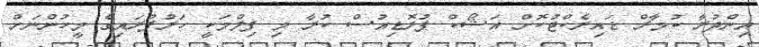
އިންދުރާ ކުމާރް ޑައިރެކްޓުކޮށް އަޝޯކް ޕުރޮޑިއުސް ކުރާ މި ފިލްމަކީ ހަރުފުރައިގެ މީހުންނަށް